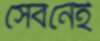
সেবনেই